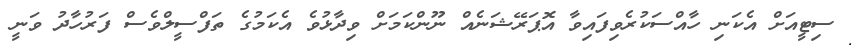
ސިޓީއަށް އެކަނި ހާއްސަކުރެވިފައިވާ އޮޕަރޭޝަނެއް ނޫންކަމަށް ވިދާޅުވެ އެކަމުގެ ތަފްސީލްވެސް ފަރުހާދު ވަނީ